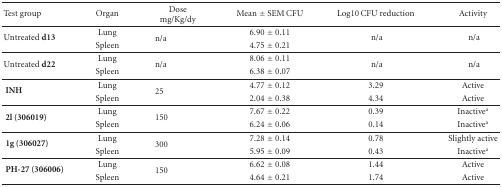
<table><thead><tr><td><b> Test group</b></td><td><b> Organ</b></td><td><b> Dose mg/Kg/dy</b></td><td><b> Mean ± SEM CFU</b></td><td><b>Log10 CFU reduction</b></td><td><b> Activity</b></td></tr></thead><tbody><tr><td rowspan="2"> Untreated <b>d13</b></td><td>Lung</td><td rowspan="2"> n/a</td><td>6.90 ± 0.11</td><td rowspan="2"> n/a</td><td rowspan="2"> n/a</td></tr><tr><td>Spleen</td><td>4.75 ± 0.21 </td></tr><tr><td rowspan="2"> Untreated <b>d22</b></td><td> Lung</td><td rowspan="2"> n/a</td><td> 8.06 ± 0.11</td><td rowspan="2"> n/a</td><td rowspan="2"> n/a</td></tr><tr><td>Spleen</td><td>6.38 ± 0.07 </td></tr><tr><td rowspan="2"><b> INH </b></td><td>Lung</td><td rowspan="2"> 25</td><td>4.77 ± 0.12</td><td>3.29</td><td>Active</td></tr><tr><td>Spleen</td><td>2.04 ± 0.38</td><td>4.34</td><td>Active</td></tr><tr><td rowspan="2"><b> 2l (306019) </b></td><td> Lung</td><td rowspan="2"> 150</td><td> 7.67 ± 0.22</td><td> 0.39</td><td> Inactive<sup>a</sup></td></tr><tr><td>Spleen</td><td>6.24 ± 0.06</td><td>0.14</td><td> Inactive<sup>a</sup></td></tr><tr><td rowspan="2"><b> 1g (306027) </b></td><td> Lung</td><td rowspan="2"> 300</td><td> 7.28 ± 0.14</td><td> 0.78</td><td> Slightly active</td></tr><tr><td>Spleen</td><td>5.95 ± 0.09</td><td>0.43</td><td>Inactive<sup>a</sup></td></tr><tr><td rowspan="2"><b> PH-27 (306006) </b></td><td> Lung</td><td rowspan="2"> 150</td><td> 6.62 ± 0.08</td><td> 1.44</td><td> Active</td></tr><tr><td>Spleen</td><td>4.64 ± 0.21</td><td>1.74</td><td>Active</td></tr></tbody></table>